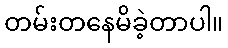
တမ်းတနေမိခဲ့တာပါ။